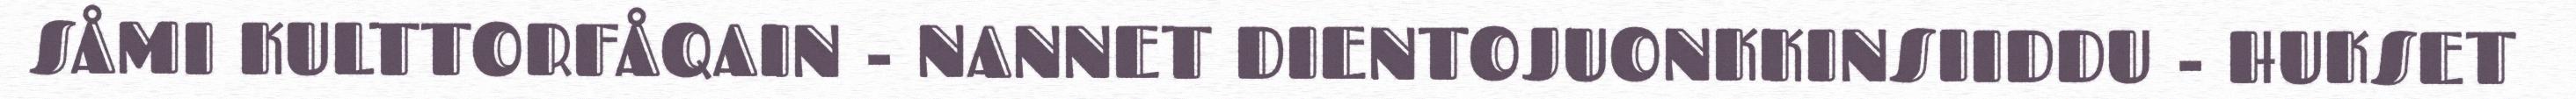
SÅMI KULTTORFÅQAIN - NANNET DIENTOJUONKKINSIIDDU - HUKSET